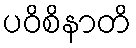
ပဝိစိနာတိ